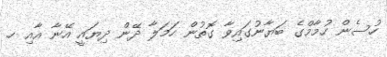
ހުސެން ހުމާމްގެ ބަޔާނުގައިވާ ގޮތުން ހަމަލާ ދޭން ދިޔައީ އޭނާ އާއި ހ.